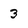
Character: 3